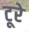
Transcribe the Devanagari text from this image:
टूरे